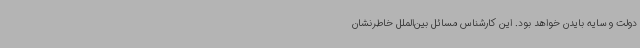
دولت و سایه بایدن خواهد بود. این کارشناس مسائل بین‌الملل خاطرنشان